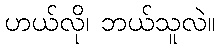
ဟယ်လို၊ ဘယ်သူလဲ။